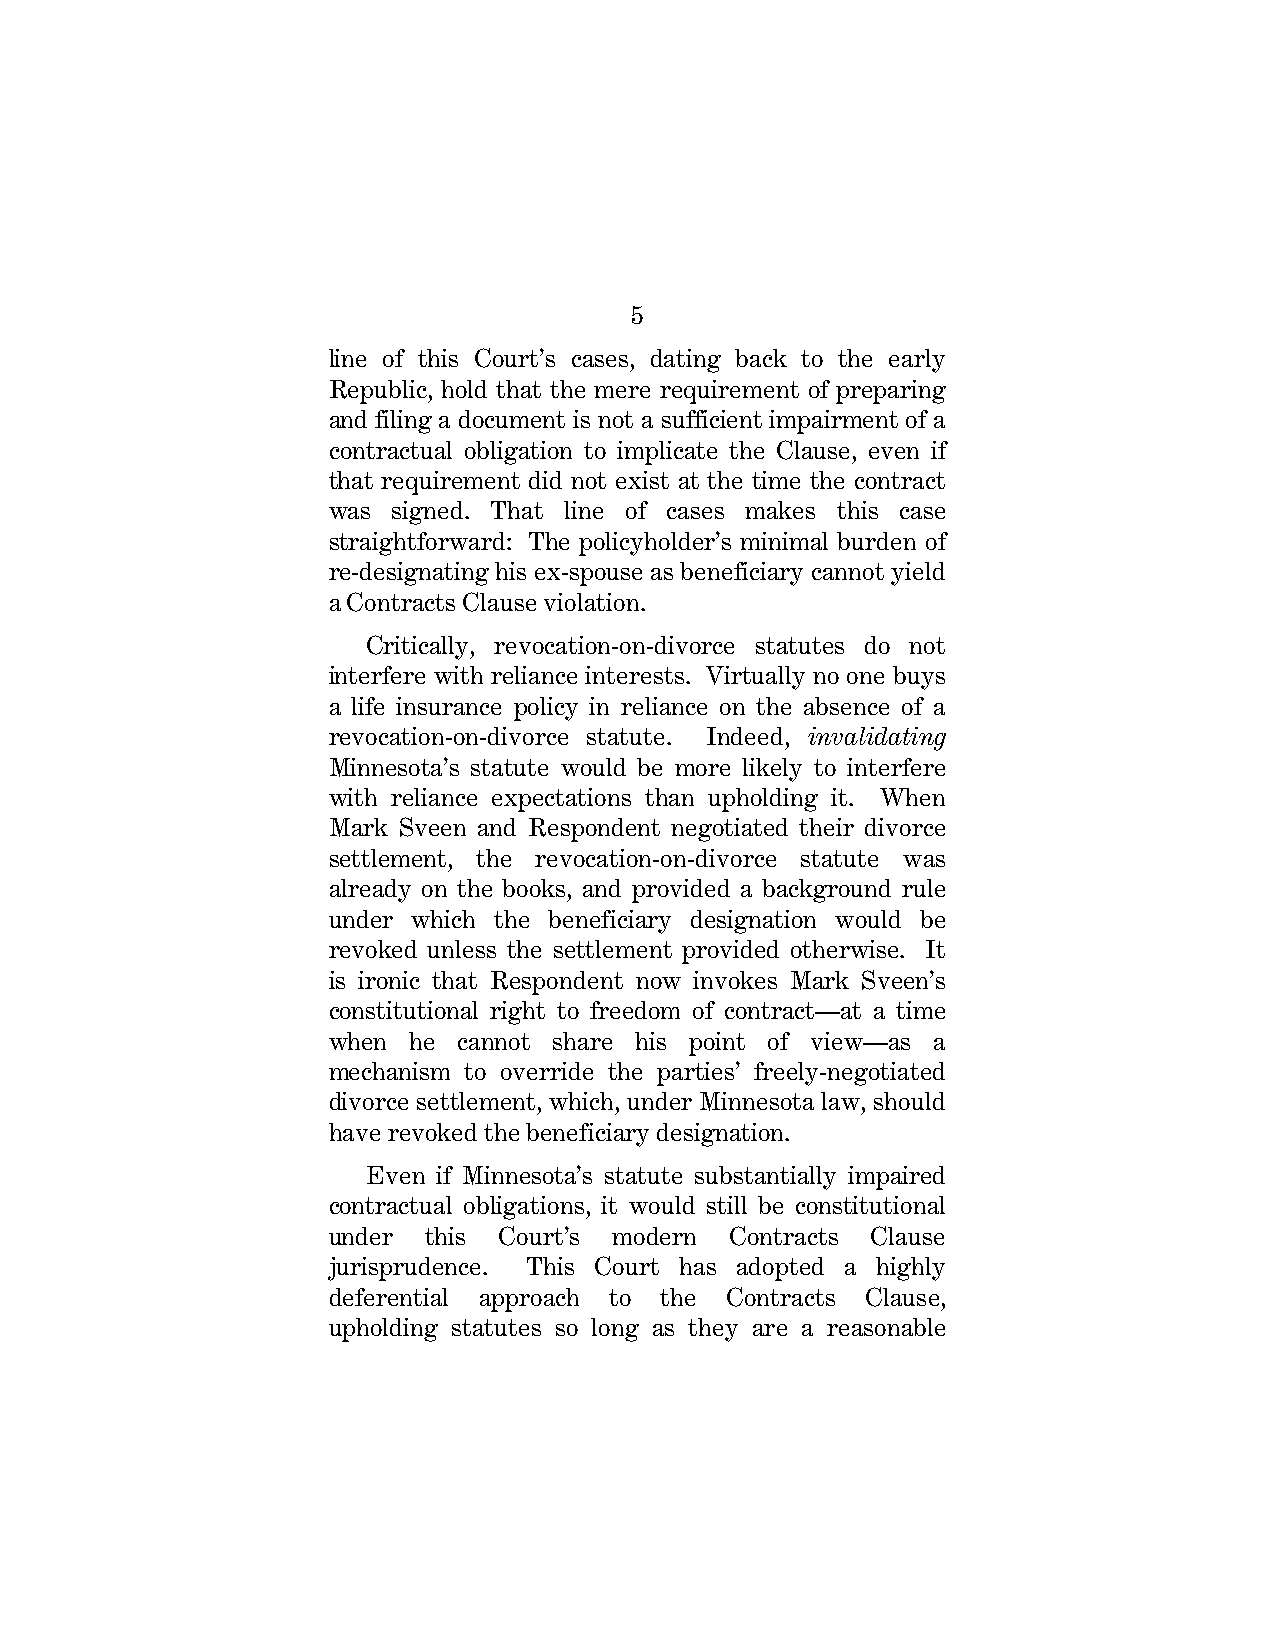
5
 line of this Court’s cases, dating back to the early
 Republic, hold that the mere requirement of preparing
 and filing a document is not a sufficient impairment of a
 contractual obligation to implicate the Clause, even if
 that requirement did not exist at the time the contract
 was signed. That line of cases makes this case
 straightforward: The policyholder’s minimal burden of
 re-designating his ex-spouse as beneficiary cannot yield
 a Contracts Clause violation.
 Critically, revocation-on-divorce statutes do not
 interfere with reliance interests. Virtually no one buys
 a life insurance policy in reliance on the absence of a
 revocation-on-divorce statute. Indeed, invalidating
 Minnesota’s statute would be more likely to interfere
 with reliance expectations than upholding it. When
 Mark Sveen and Respondent negotiated their divorce
 settlement, the revocation-on-divorce statute was
 already on the books, and provided a background rule
 under which the beneficiary designation would be
 revoked unless the settlement provided otherwise. It
 is ironic that Respondent now invokes Mark Sveen’s
 constitutional right to freedom of contract—at a time
 when he cannot share his point of view—as a
 mechanism to override the parties’ freely-negotiated
 divorce settlement, which, under Minnesota law, should
 have revoked the beneficiary designation.
 Even if Minnesota’s statute substantially impaired
 contractual obligations, it would still be constitutional
 under this Court’s modern Contracts Clause
 jurisprudence. This Court has adopted a highly
 deferential approach to the Contracts Clause,
 upholding statutes so long as they are a reasonable